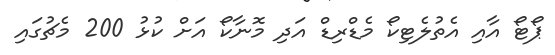
ޕޯޓޯ އާއި އެތުލެޓިކޯ މެޑްރިޑް އަދި މޮނާކޯ އަށް ކުޅުު 200 މެޗުގައި